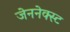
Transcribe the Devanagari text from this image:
जेननेक्स्ट